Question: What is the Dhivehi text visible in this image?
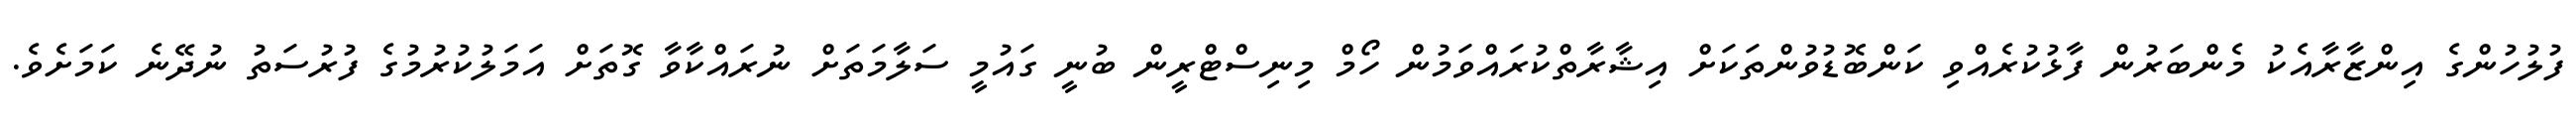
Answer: ފުލުހުންގެ އިންޒާރާއެކު މެންބަރުން ފާޅުކުރެއްވި ކަންބޮޑުވުންތަކަށް އިޝާރާތްކުރައްވަމުން ހޯމް މިނިސްޓްރީން ބުނީ ގައުމީ ސަލާމަތަށް ނުރައްކާވާ ގޮތަށް އަމަލުކުރުމުގެ ފުރުސަތު ނުދޭނެ ކަމަށެވެ.